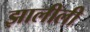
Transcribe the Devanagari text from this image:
झालीली